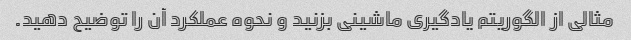
مثالی از الگوریتم یادگیری ماشینی بزنید و نحوه عملکرد آن را توضیح دهید.